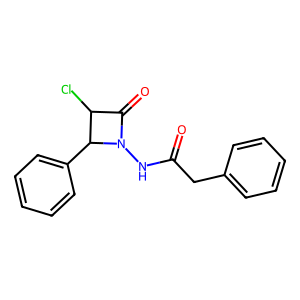
SMILES: O=C(Cc1ccccc1)NN1C(=O)C(Cl)C1c1ccccc1
Inhibits HIV replication: No